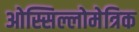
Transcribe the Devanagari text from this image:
ओस्सिल्लोमेत्रिक